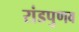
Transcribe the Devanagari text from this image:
रांडपुणव